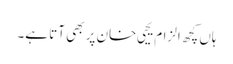
ہاں کچھ الزام یحیی خان پر بھی آتا ہے۔